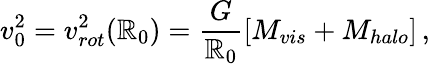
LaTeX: v_{0}^{2}=v_{rot}^{2}(\mathbb{R}_{0})=\frac{{G}}{{\mathbb{R}_{0}}}[M_{vis}+M_{halo}]\, ,